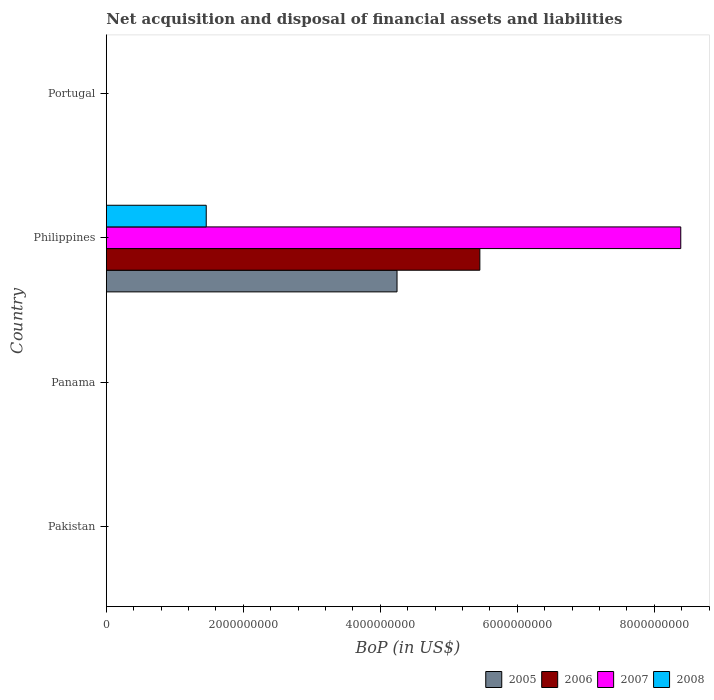
| Country | 2005 | 2006 | 2007 | 2008 |
 | --- | --- | --- | --- | --- |
 | Pakistan | -3.61e+09 | -5.86e+09 | -8.09e+09 | -1.56e+10 |
 | Panama | -1.37e+09 | -2.92e+08 | -1.84e+09 | -2.13e+09 |
 | Philippines | 4.24e+09 | 5.45e+09 | 8.39e+09 | 1.46e+09 |
 | Portugal | -1.73e+10 | -1.95e+10 | -2.13e+10 | -2.82e+10 |